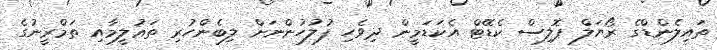
ތައިލެންޑްގެ ރޯޔަލް ޕޮލިސް ކެޑޭޓް އެކަޑަމީން ދިވެހި ފުލުހުންނަށް ލިބެންހުރި ތަޢުލީމާއި ތަމްރީނުގެ